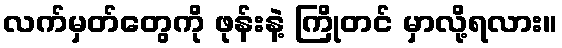
လက်မှတ်တွေကို ဖုန်းနဲ့ ကြိုတင် မှာလို့ရလား။